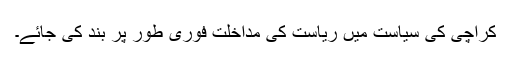
کراچی کی سیاست میں ریاست کی مداخلت فوری طور پر بند کی جائے۔